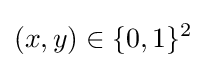
(x,y)\in \{0,1\}^{2}